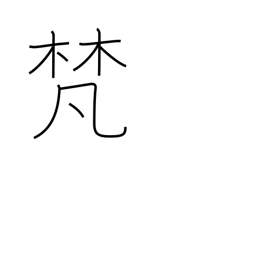
Meaning: Buddhist